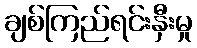
ချစ်ကြည်ရင်းနှီးမှု